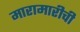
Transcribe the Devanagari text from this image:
मारामारीची